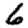
Digit: 6